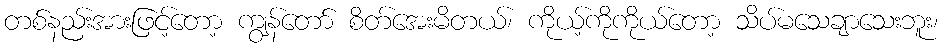
တစ်နည်းအားဖြင့်တော့ ကျွန်တော် စိတ်အေးမိတယ်၊ ကိုယ့်ကိုကိုယ်တော့ သိပ်မသေချာသေးဘူး၊